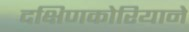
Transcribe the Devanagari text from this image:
दक्षिणकोरियाने